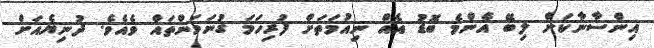
އިންސާނާކަށް ލިބޭ އެންމެ ބޮޑު އެއް ނިއުމަތަށް ފުރިހަމަ ގުނަވަންތައް ވެއެވެ. ދުނިޔެއަށް